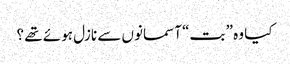
کیا وہ ” بت“ آسمانوں سے نازل ہوئے تھے ؟